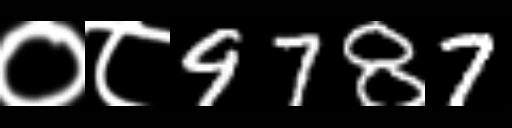
Text: ०८9787